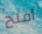
أفلح